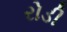
રોડી